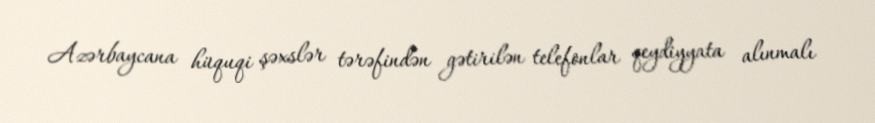
Azərbaycana hüquqi şəxslər tərəfindən gətirilən telefonlar qeydiyyata alınmalı